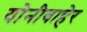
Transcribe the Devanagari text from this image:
योनीबाहेर